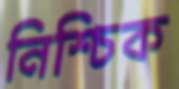
নিশ্চিক